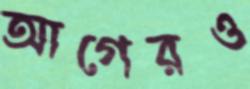
আগেরও